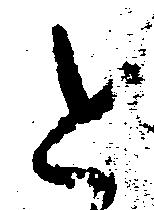
と